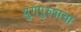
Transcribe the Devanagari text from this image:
युगपुरुषाचा